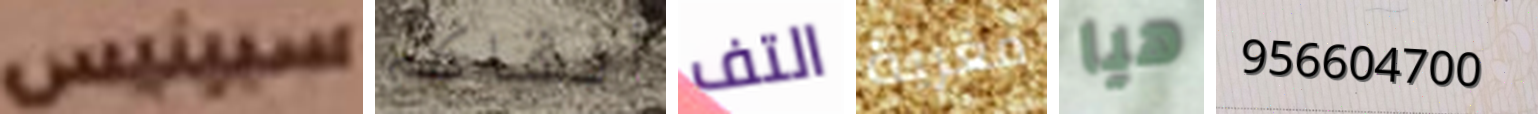
سبينيس ألقاكم التف مغرية هيا 956604700